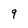
Character: 9